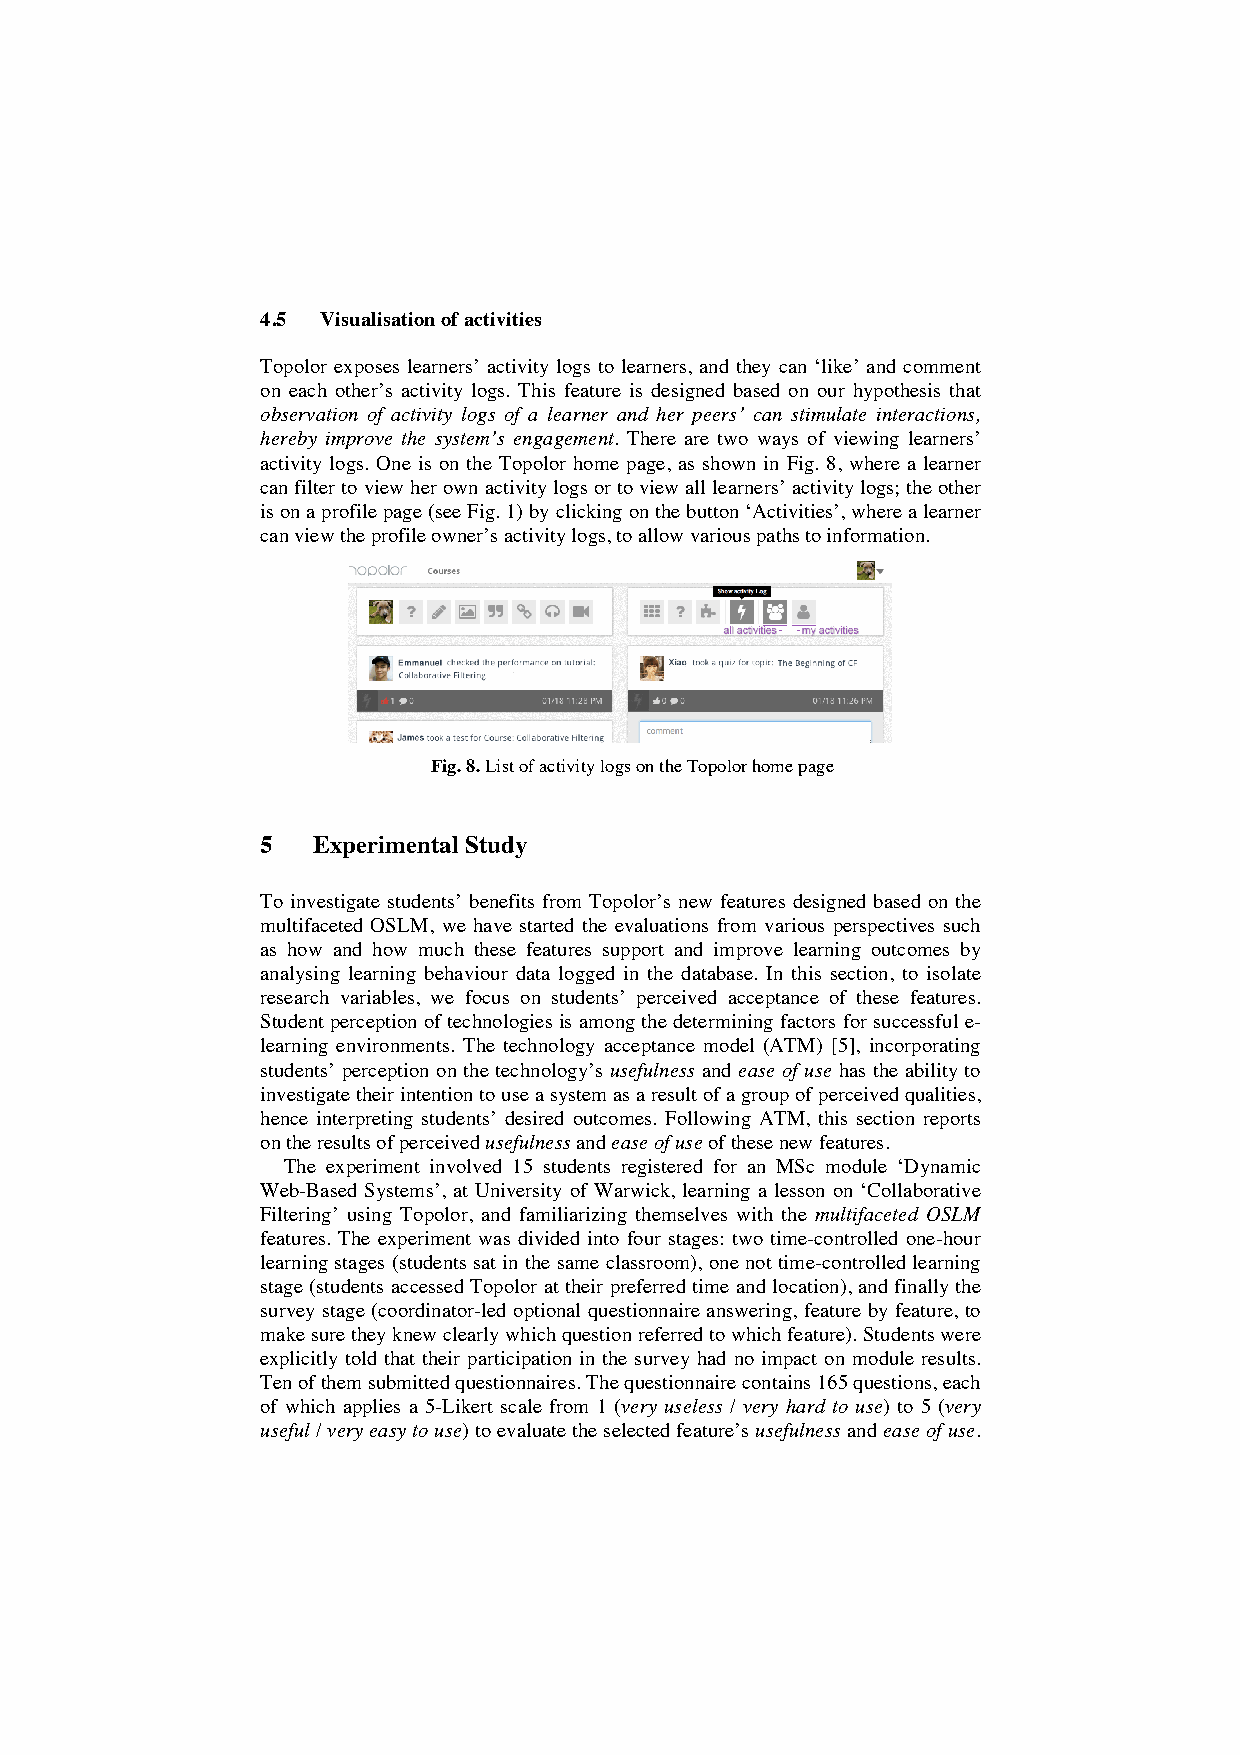
4.5 Visualisation of activities
 Topolor exposes learners’ activity logs to learners, and they can ‘like’ and comment
 on each other’s activity logs. This feature is designed based on our hypothesis that
 observation of activity logs of a learner and her peers’ can stimulate interactions,
 hereby improve the system’s engagement. There are two ways of viewing learners’
 activity logs. One is on the Topolor home page, as shown in Fig. 8, where a learner
 can filter to view her own activity logs or to view all learners’ activity logs; the other
 is on a profile page (see Fig. 1) by clicking on the button ‘Activities’, where a learner
 can view the profile owner’s activity logs, to allow various paths to information.
 Fig. 8. List of activity logs on the Topolor home page
 5   Experimental Study
 To investigate students’ benefits from Topolor’s new features designed based on the
 multifaceted OSLM, we have started the evaluations from various perspectives such
 as how and how much these features support and improve learning outcomes by
 analysing learning behaviour data logged in the database. In this section, to isolate
 research variables, we focus on students’ perceived acceptance of these features.
 Student perception of technologies is among the determining factors for successful e-
 learning environments. The technology acceptance model (ATM) [5], incorporating
 students’ perception on the technology’s usefulness and ease of use has the ability to
 investigate their intention to use a system as a result of a group of perceived qualities,
 hence interpreting students’ desired outcomes. Following ATM, this section reports
 on the results of perceived usefulness and ease of use of these new features.
 The experiment involved 15 students registered for an MSc module ‘Dynamic
 Web-Based Systems’, at University of Warwick, learning a lesson on ‘Collaborative
 Filtering’ using Topolor, and familiarizing themselves with the multifaceted OSLM
 features. The experiment was divided into four stages: two time-controlled one-hour
 learning stages (students sat in the same classroom), one not time-controlled learning
 stage (students accessed Topolor at their preferred time and location), and finally the
 survey stage (coordinator-led optional questionnaire answering, feature by feature, to
 make sure they knew clearly which question referred to which feature). Students were
 explicitly told that their participation in the survey had no impact on module results.
 Ten of them submitted questionnaires. The questionnaire contains 165 questions, each
 of which applies a 5-Likert scale from 1 (very useless / very hard to use) to 5 (very
 useful / very easy to use) to evaluate the selected feature’s usefulness and ease of use.